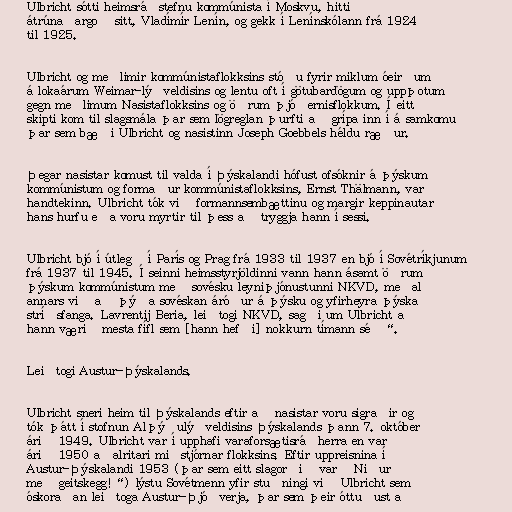
Ulbricht sótti heimsráðstefnu kommúnista í Moskvu, hitti
átrúnaðargoð sitt, Vladímír Lenín, og gekk í Lenínskólann frá 1924
til 1925.

Ulbricht og meðlimir kommúnistaflokksins stóðu fyrir miklum óeirðum
á lokaárum Weimar-lýðveldisins og lentu oft í götubardögum og uppþotum
gegn meðlimum Nasistaflokksins og öðrum þjóðernisflokkum. Í eitt
skipti kom til slagsmála þar sem lögreglan þurfti að grípa inn í á samkomu
þar sem bæði Ulbricht og nasistinn Joseph Goebbels héldu ræður.

Þegar nasistar komust til valda í Þýskalandi hófust ofsóknir á þýskum
kommúnistum og formaður kommúnistaflokksins, Ernst Thälmann, var
handtekinn. Ulbricht tók við formannsembættinu og margir keppinautar
hans hurfu eða voru myrtir til þess að tryggja hann í sessi.

Ulbricht bjó í útlegð í París og Prag frá 1933 til 1937 en bjó í Sovétríkjunum
frá 1937 til 1945. Í seinni heimsstyrjöldinni vann hann ásamt öðrum
þýskum kommúnistum með sovésku leyniþjónustunni NKVD, meðal
annars við að þýða sovéskan áróður á þýsku og yfirheyra þýska
stríðsfanga. Lavrentij Beria, leiðtogi NKVD, sagði um Ulbricht að
hann væri „mesta fífl sem [hann hefði] nokkurn tímann séð“.

Leiðtogi Austur-Þýskalands.

Ulbricht sneri heim til Þýskalands eftir að nasistar voru sigraðir og
tók þátt í stofnun Alþýðulýðveldisins Þýskalands þann 7. október
árið 1949. Ulbricht var í upphafi varaforsætisráðherra en varð
árið 1950 aðalritari miðstjórnar flokksins. Eftir uppreisnina í
Austur-Þýskalandi 1953 (þar sem eitt slagorðið var „Niður
með geitskegg!“) lýstu Sovétmenn yfir stuðningi við Ulbricht sem
óskoraðan leiðtoga Austur-Þjóðverja, þar sem þeir óttuðust að